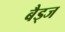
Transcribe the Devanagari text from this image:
बैड्ज